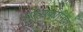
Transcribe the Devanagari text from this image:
परसकीनिया